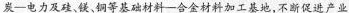
炭 — 电力及硅、镁、铜等基础材料—合金材料加工基地,，不断促进产业